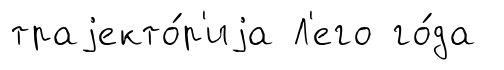
траjекто́р'иjа Л'его го́да